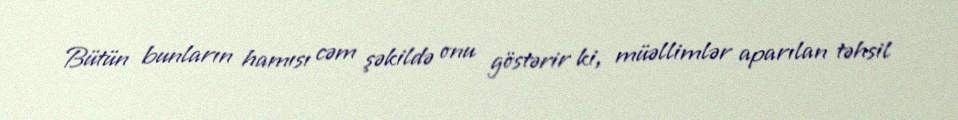
Bütün bunların hamısı cəm şəkildə onu göstərir ki, müəllimlər aparılan təhsil